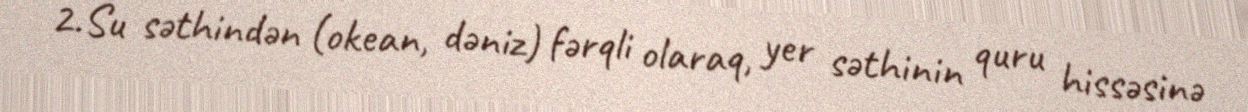
2.Su səthindən (okean, dəniz) fərqli olaraq, yer səthinin quru hissəsinə